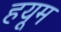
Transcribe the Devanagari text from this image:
हयूम